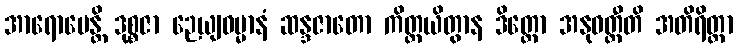
အာရောပေန္တိ ဒုစ္စဇာ ဉေယျဓမ္မာနံ ဆန္ဒဇာတော ကိတ္တယိတွာန ဒိတ္တော အနုဝတ္တီတိ အတိရိတ္တာ